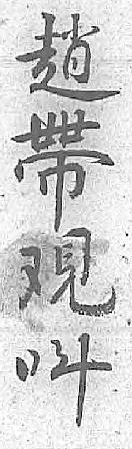
趙呌帶 覌